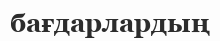
бағдарлардың